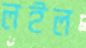
লইল